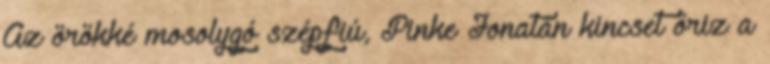
Az örökké mosolygó szépfiú, Pinke Jonatán kincset őriz a